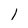
Character: 1